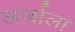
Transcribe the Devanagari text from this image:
अर्जाला